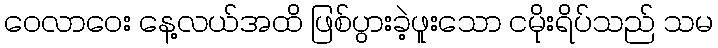
ဝေလာဝေး နေ့လယ်အထိ ဖြစ်ပွားခဲ့ဖူးသော ငမိုးရိပ်သည် သမ